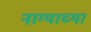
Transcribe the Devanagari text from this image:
नाग्याच्या